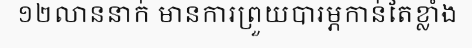
១២លាននាក់ មានការព្រួយបារម្ភកាន់តែខ្លាំង